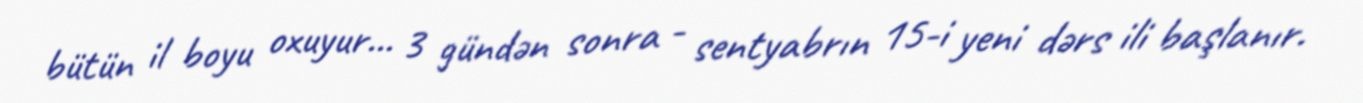
bütün il boyu oxuyur... 3 gündən sonra - sentyabrın 15-i yeni dərs ili başlanır.